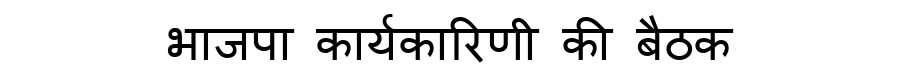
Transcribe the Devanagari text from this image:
भाजपा कार्यकारिणी की बैठक